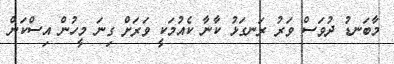
މާބަނޑު ދުވަސް ވަރު ރަނގަޅު ކާނާ ކެއުމަކީ ވަރަށް ގިނަ މީހުން އިސްކަން